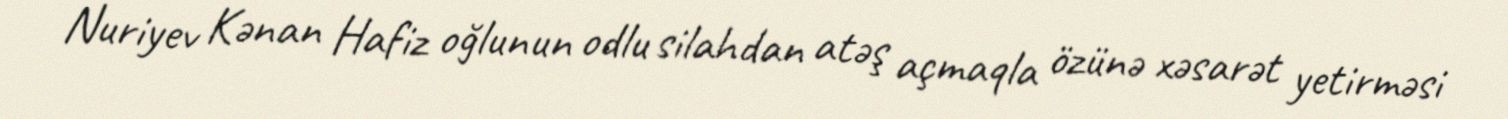
Nuriyev Kənan Hafiz oğlunun odlu silahdan atəş açmaqla özünə xəsarət yetirməsi